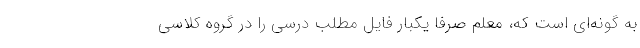
به گونه‌ای است که، معلم صرفا یکبار فایل مطلب درسی را در گروه کلاسی